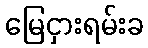
မြေငှားရမ်းခ